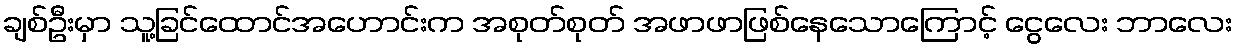
ချစ်ဦးမှာ သူ့ခြင်ထောင်အဟောင်းက အစုတ်စုတ် အဖာဖာဖြစ်နေသောကြောင့် ငွေလေး ဘာလေး